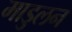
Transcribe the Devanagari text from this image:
माडुलन